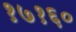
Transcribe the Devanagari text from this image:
१७१६०